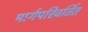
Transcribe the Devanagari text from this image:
मार्गपरिवर्तित